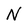
Character: N